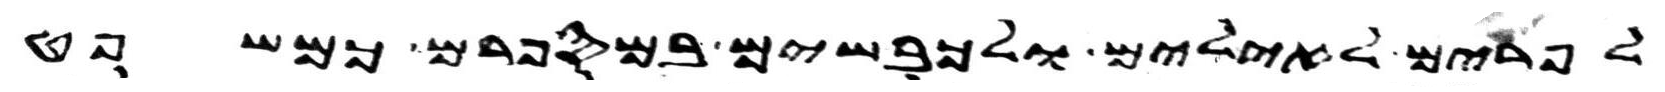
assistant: לפרים לאילים ולכבשים במספרם כמשפט